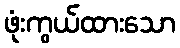
ဖုံးကွယ်ထားသော